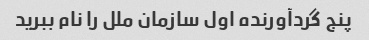
پنج گردآورنده اول سازمان ملل را نام ببرید